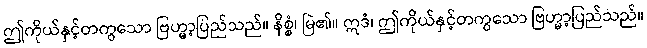
ဤကိုယ်နှင့်တကွသော ဗြဟ္မာ့ပြည်သည်။ နိစ္စံ၊ မြဲ၏။ ဣဒံ၊ ဤကိုယ်နှင့်တကွသော ဗြဟ္မာ့ပြည်သည်။